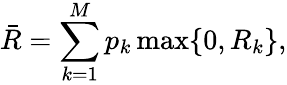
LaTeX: \bar{R}=\sum_{k=1}^{M}p_{k}\operatorname*{max}\{ 0,R_{k}\} ,